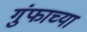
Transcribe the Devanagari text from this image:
गुंफाच्या